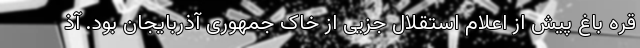
قره باغ پیش از اعلام استقلال جزیی از خاک جمهوری آذربایجان بود. آذ